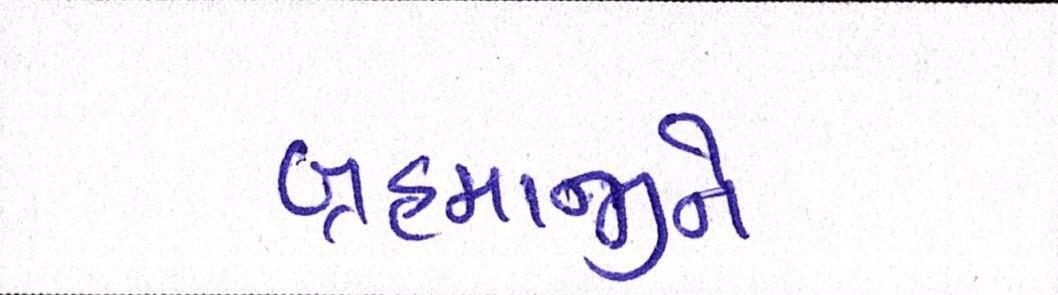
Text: બ્રહ્માજીને